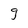
Character: 9